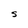
Character: S